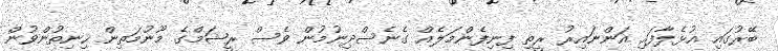
ބޭރުގައި އުޅެލާފައި އަންނައިރު ރީތި ފިނިފެންމަލެއް ގެނެސްދިނުމުން ވެސް ރީޝަމްގެ މޫނުމަތިން ހިނިތުންވުން